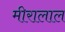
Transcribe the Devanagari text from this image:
मीरालाल